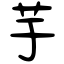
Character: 芋